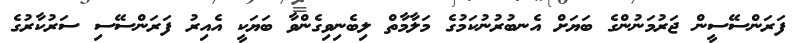
ފަރަންސޭސީން ޖަރުމަނުންގެ ބަޔަށް އެނބުރުނުކަމުގެ މަލާމާތް ލިބެނިވިގެންވާ ބަޔަކީ އެއިރު ފަރަންސޭސި ސަރުކާރުގެ